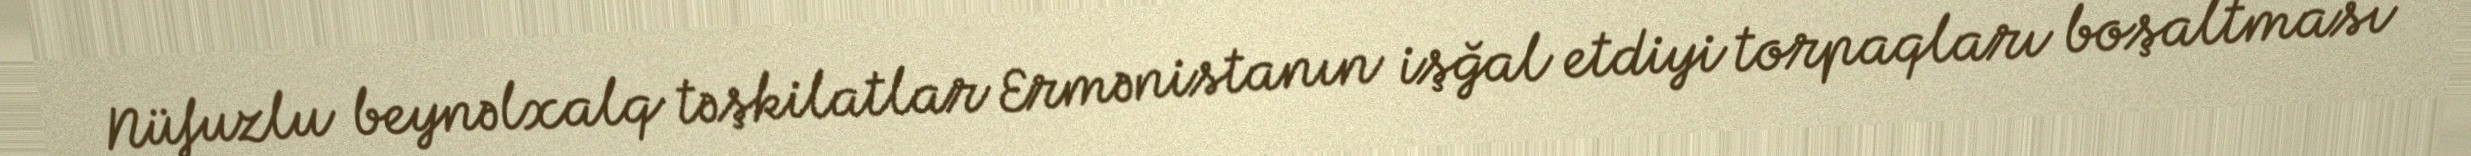
Nüfuzlu beynəlxalq təşkilatlar Ermənistanın işğal etdiyi torpaqları boşaltması